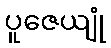
ပူဇေယျုံ